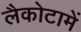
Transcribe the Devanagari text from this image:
लैकोटामें